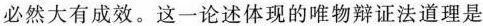
必然大有成效。这一论述体现的唯物辩证法道理是